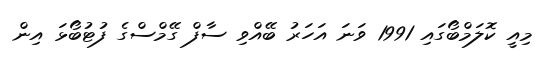
މިއީ ކޮލަމްބޯގައި 1991 ވަނަ އަހަރު ބޭއްވި ސާފް ގޭމްސްގެ ފުޓުބޯޅަ އިން